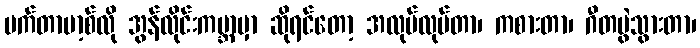
မက်တာဗာ့စ်လို အွန်လိုင်းကမ္ဘာမှာ ဆိုရင်တော့ အလုပ်လုပ်တာ၊ ကစားတာ၊ ဂီတပွဲသွားတာ၊